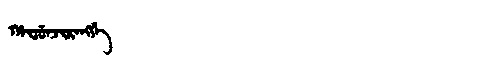
Manchu: ᡥᠠᠸᡠᠨᠵᡳᡵᠠᠩᡤᡝ
Romanization: HAFUNJIRANGGE